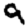
Digit: 9